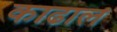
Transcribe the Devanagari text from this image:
काढाल